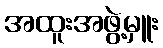
အထူးအဖွဲ့မှူး